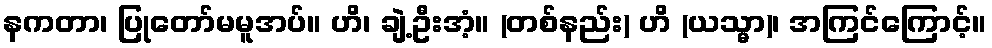
နကတာ၊ ပြုတော်မမူအပ်။ ဟိ၊ ချဲ့ဦးအံ့။ (တစ်နည်း) ဟိ (ယသ္မာ)၊ အကြင်ကြောင့်။